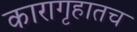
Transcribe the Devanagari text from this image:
कारागृहातच